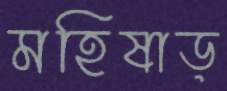
মহিষাড়